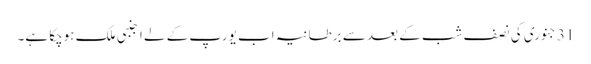
31 جنوری کی نصف شب کے بعد سے برطانیہ اب یورپ کے لے اجنبی ملک ہوچکا ہے۔